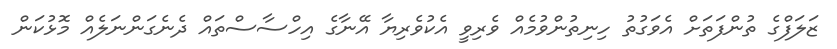
ޒަލަފްގެ ތުންފަތަށް އެވަގުތު ހިނިތުންވުމެއް ވެރިވީ އެކުވެރިޔާ އޭނާގެ އިހްސާސްތައް ދެނެގަންނަލެއް މޮޅުކަން